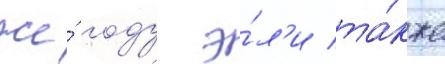
же́ году э́л'и та́кже